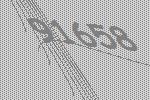
91658